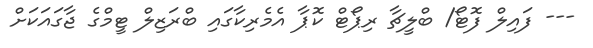
--- ފައިލް ފޮޓޯ/ ބްލީޗާ ރިޕޯޓް ކޮޕާ އެމެރިކާގައި ބްރަޒިލް ޓީމްގެ ޖާގައަކަށް